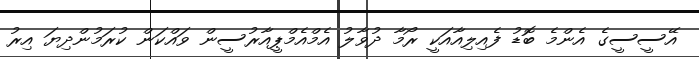
އޭސީސީގެ އެންމެ ބޮޑު ފެއިލިއާއަކީ ރޯމާ ދުވާލު އެމްއެމްޕީއާރުސީން ވައްކަން ކުރަމުންދިޔަ އިރު